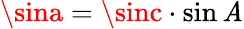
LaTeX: \sina=\sinc\cdot\sin\mathit{A}